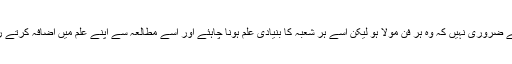
اس کے لئے ضروری نہیں کہ وہ ہر فن مولا ہو لیکن اسے ہر شعبہ کا بنیادی علم ہونا چاہئے اور اسے مطالعہ سے اپنے علم میں اضافہ کرتے رہنا چاہئے۔